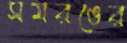
সমরঙের